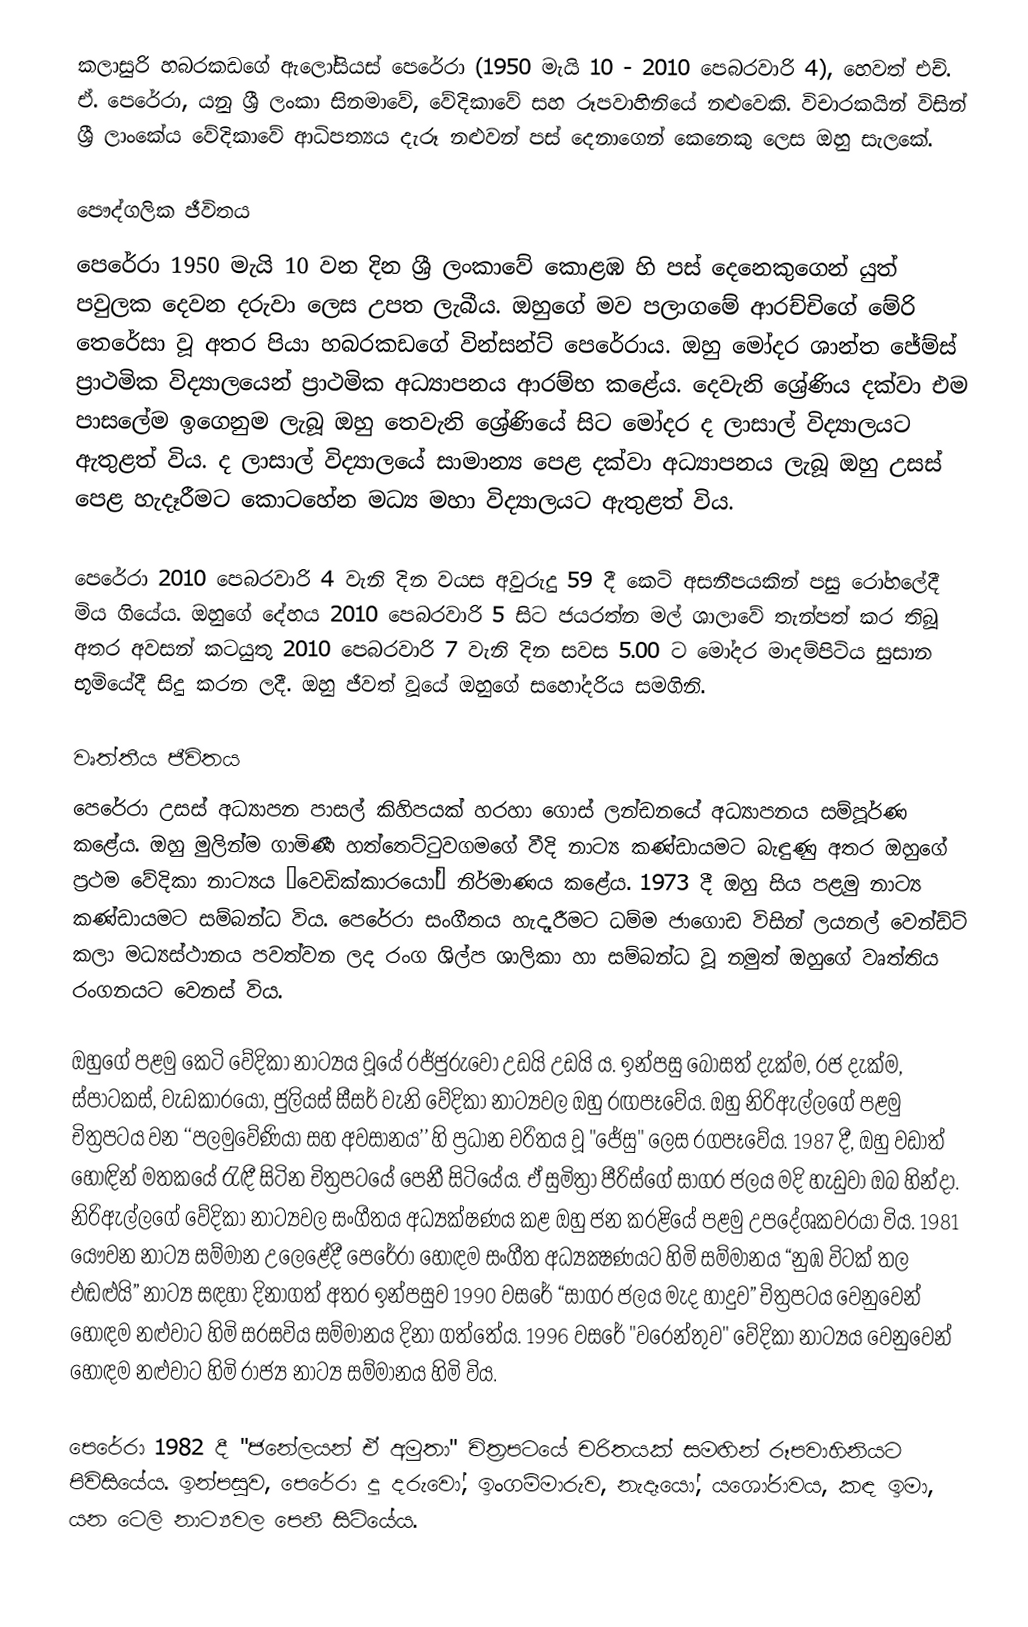
කලාසුරි හබරකඩගේ ඇලෝසියස් පෙරේරා (1950 මැයි 10 - 2010 පෙබරවාරි 4), හෙවත් එච්. ඒ. පෙරේරා, යනු ශ්‍රී ලංකා සිනමාවේ, වේදිකාවේ සහ රූපවාහිනියේ නළුවෙකි. විචාරකයින් විසින් ශ්‍රී ලාංකේය වේදිකාවේ ආධිපත්‍යය දැරූ නළුවන් පස් දෙනාගෙන් කෙනෙකු ලෙස ඔහු සැලකේ.

පෞද්ගලික ජීවිතය
පෙරේරා 1950 මැයි 10 වන දින ශ්‍රී ලංකාවේ කොළඹ හි පස් දෙනෙකුගෙන් යුත් පවුලක දෙවන දරුවා ලෙස උපත ලැබීය. ඔහුගේ මව පලාගමේ ආරච්චිගේ මේරි තෙරේසා වූ අතර පියා හබරකඩගේ වින්සන්ට් පෙරේරාය. ඔහු මෝදර ශාන්ත ජේම්ස් ප්‍රාථමික විද්‍යාලයෙන් ප්‍රාථමික අධ්‍යාපනය ආරම්භ කළේය. දෙවැනි ශ්‍රේණිය දක්වා එම පාසලේම ඉගෙනුම ලැබූ ඔහු තෙවැනි ශ්‍රේණියේ සිට මෝදර ද ලාසාල් විද්‍යාලයට ඇතුළත් විය. ද ලාසාල් විද්‍යාලයේ සාමාන්‍ය පෙළ දක්වා අධ්‍යාපනය ලැබූ ඔහු උසස් පෙළ හැදෑරීමට කොටහේන මධ්‍ය මහා විද්‍යාලයට ඇතුළත් විය.

පෙරේරා 2010 පෙබරවාරි 4 වැනි දින වයස අවුරුදු 59 දී කෙටි අසනීපයකින් පසු රෝහලේදී මිය ගියේය. ඔහුගේ දේහය 2010 පෙබරවාරි 5 සිට ජයරත්න මල් ශාලාවේ තැන්පත් කර තිබූ අතර අවසන් කටයුතු 2010 පෙබරවාරි 7 වැනි දින සවස 5.00 ට මෝදර මාදම්පිටිය සුසාන භූමියේදී සිදු කරන ලදී. ඔහු ජීවත් වූයේ ඔහුගේ සහෝදරිය සමගිනි.

වෘත්තීය ජීවිතය
පෙරේරා උසස් අධ්‍යාපන පාසල් කිහිපයක් හරහා ගොස් ලන්ඩනයේ අධ්‍යාපනය සම්පූර්ණ කළේය. ඔහු මුලින්ම ගාමිණී හත්තෙට්ටුවගමගේ වීදි නාට්‍ය කණ්ඩායමට බැඳුණු අතර ඔහුගේ ප්‍රථම වේදිකා නාට්‍යය “වෙඩික්කාරයෝ” නිර්මාණය කළේය. 1973 දී ඔහු සිය පළමු නාට්‍ය කණ්ඩායමට සම්බන්ධ විය. පෙරේරා සංගීතය හැදෑරීමට ධම්ම ජාගොඩ විසින් ලයනල් වෙන්ඩ්ට් කලා මධ්‍යස්ථානය පවත්වන ලද රංග ශිල්ප ශාලිකා හා සම්බන්ධ වූ නමුත් ඔහුගේ වෘත්තිය රංගනයට වෙනස් විය.

ඔහුගේ පළමු කෙටි වේදිකා නාට්‍යය වූයේ රජ්ජුරුවෝ උඩයි උඩයි ය. ඉන්පසු බෝසත් දැක්ම, රජ දැක්ම, ස්පාටකස්, වැඩකාරයෝ, ජුලියස් සීසර් වැනි වේදිකා නාට්‍යවල ඔහු රඟපෑවේය. ඔහු නිරිඇල්ලගේ පළමු චිත්‍රපටය වන ‘‘පලමුවේණියා සහ අවසානය’’ හි ප්‍රධාන චරිතය වූ "ජේසු" ලෙස රගපෑවේය. 1987 දී, ඔහු වඩාත් හොඳින් මතකයේ රැඳී සිටින චිත්‍රපටයේ පෙනී සිටියේය. ඒ සුමිත්‍රා පීරිස්ගේ  සාගර ජලය මදි හැඩුවා ඔබ හින්දා. නිරිඇල්ලගේ වේදිකා නාට්‍යවල සංගීතය අධ්‍යක්ෂණය කළ ඔහු ජන කරළියේ පළමු උපදේශකවරයා විය. 1981 යෞවන නාට්‍ය සම්මාන උලෙළේදී පෙරේරා හොඳම සංගීත අධ්‍යක්‍ෂණයට හිමි සම්මානය “නුඹ විටක් තල එඬළුයි” නාට්‍ය සඳහා දිනාගත් අතර ඉන්පසුව 1990 වසරේ “සාගර ජලය මැද හාදුව” චිත්‍රපටය වෙනුවෙන් හොඳම නළුවාට හිමි සරසවිය සම්මානය දිනා ගත්තේය. 1996 වසරේ "වරෙන්තුව" වේදිකා නාට්‍යය වෙනුවෙන් හොඳම නළුවාට හිමි රාජ්‍ය නාට්‍ය සම්මානය හිමි විය.

පෙරේරා 1982 දී "ජනේලයන් ඒ අමුතා" චිත්‍රපටයේ චරිතයක් සමඟින් රූපවාහිනියට පිවිසියේය. ඉන්පසුව, පෙරේරා දූ දරුවෝ, ඉංගම්මාරුව, නැදෑයෝ, යශෝරාවය, කඳ ඉමා,  යන ටෙලි නාට්‍යවල පෙනී සිටියේය.